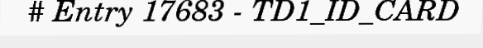
# Entry 17683 - TD1_ID_CARD